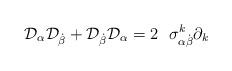
LaTeX: \begin{align*}{\cal D}_\alpha {\cal D}_{\dot \beta }+{\cal D}_{\dot \beta }{\cal D}_\alpha=2\ \ {\sigma }_{\alpha \dot \beta }^k\partial _k\end{align*}